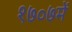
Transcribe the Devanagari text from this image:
१७०७में